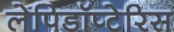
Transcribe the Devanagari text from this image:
लेपिडॉप्टेरिस